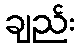
ချည်း